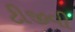
ટીજીવી